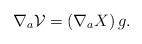
LaTeX: \begin{align*}\nabla_a \mathcal{V} = \left ( \nabla_a X \right ) g. \end{align*}